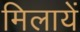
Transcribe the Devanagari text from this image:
मिलायें